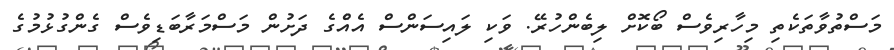
މަސްތުވާތަކެތި މިހާރިވެސް ބޯކޮށް ލިބެންހުރޭ. ވަކި ލައިސަންސް އެއްެގެ ދަށުން މަސްމަރާބަޑިވެސް ގެންގުޅުމުގެ